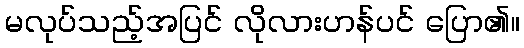
မလုပ်သည့်အပြင် လိုလားဟန်ပင် ပြော၏။